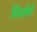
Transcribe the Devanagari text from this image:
पिचलेले